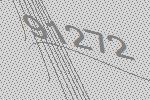
91272